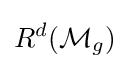
R^{d}({\mathcal {M}}_{g})